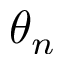
\theta _ { n }